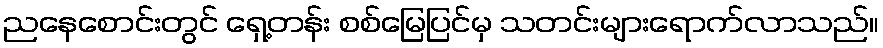
ညနေစောင်းတွင် ရှေ့တန်း စစ်မြေပြင်မှ သတင်းများရောက်လာသည်။